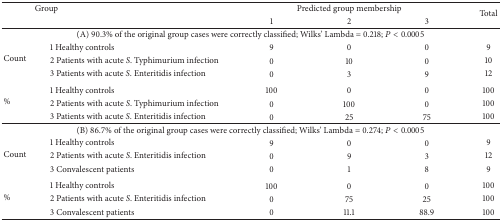
| <COLSPAN=2> Group | <COLSPAN=3> Predicted group membership | <ROWSPAN=2> Total |
 |  |  | 1 | 2 | 3 |
 | --- | --- | --- | --- | --- | --- |
 | <COLSPAN=6> (A) 90.3% of the original group cases were correctly classified; Wilks' Lambda = 0.218; P < 0.0005 |
 | <ROWSPAN=3> Count | 1 Healthy controls | 9 | 0 | 0 | 9 |
 | 2 Patients with acute S. Typhimurium infection | 0 | 10 | 0 | 10 |
 | 3 Patients with acute S. Enteritidis infection | 0 | 3 | 9 | 12 |
 | <ROWSPAN=3> % | 1 Healthy controls | 100 | 0 | 0 | 100 |
 | 2 Patients with acute S. Typhimurium infection | 0 | 100 | 0 | 100 |
 | 3 Patients with acute S. Enteritidis infection | 0 | 25 | 75 | 100 |
 | <COLSPAN=6> (B) 86.7% of the original group cases were correctly classified; Wilks' Lambda = 0.274; P < 0.0005 |
 | <ROWSPAN=3> Count | 1 Healthy controls | 9 | 0 | 0 | 9 |
 | 2 Patients with acute S. Enteritidis infection | 0 | 9 | 3 | 12 |
 | 3 Convalescent patients | 0 | 1 | 8 | 9 |
 | <ROWSPAN=3> % | 1 Healthy controls | 100 | 0 | 0 | 100 |
 | 2 Patients with acute S. Enteritidis infection | 0 | 75 | 25 | 100 |
 | 3 Convalescent patients | 0 | 11.1 | 88.9 | 100 |